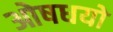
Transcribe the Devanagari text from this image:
ओषधयो